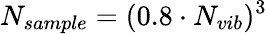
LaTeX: N_{sample}=(0.8\cdot N_{vib})^{3}